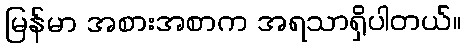
မြန်မာ အစားအစာက အရသာရှိပါတယ်။